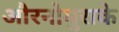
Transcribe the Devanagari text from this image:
औरनोमुराके